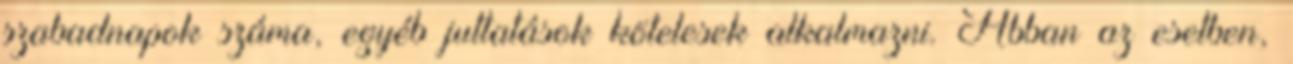
szabadnapok száma, egyéb juttatások kötelesek alkalmazni. Abban az esetben,